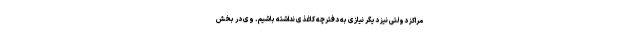
مراکز دولتی نیز دیگر نیازی به دفترچه کاغذی نداشته باشیم. وی در بخش